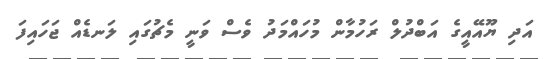
އަދި ޔޫއޭއީގެ އަބްދުލް ރަހުމާން މުހައްމަދު ވެސް ވަނީ މެޗުގައި ލަނޑެއް ޖަހައިފަ